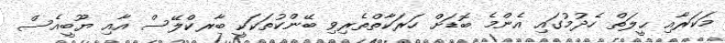
މަކަރާއި ޙީލަތް ހެދުމުގައި އެންމެ ބޮޑަށް ހަރަކާތްތެރިވި ބޭންކުތަކަކީ ބާރކްލޭސް އާއި ޔޫބީއެސް